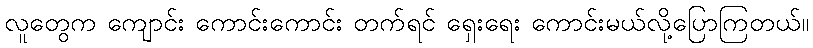
လူတွေက ကျောင်း ကောင်းကောင်း တက်ရင် ရှေးရေး ကောင်းမယ်လို့ပြောကြတယ်။